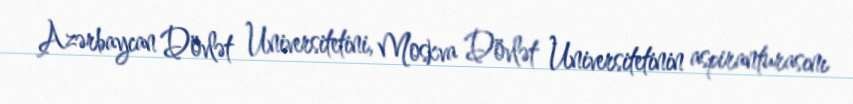
Azərbaycan Dövlət Universitetini, Moskva Dövlət Universitetinin aspiranturasını